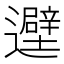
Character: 𬩮